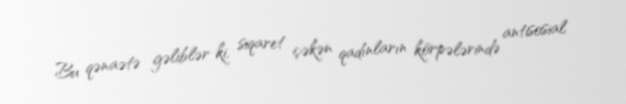
Bu qənaətə gəliblər ki, siqaret çəkən qadınların körpələrində antisosial